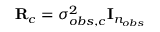
{ \bf R } _ { c } = \sigma _ { o b s , c } ^ { 2 } { \mathbf I } _ { n _ { o b s } }